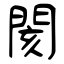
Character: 閡